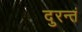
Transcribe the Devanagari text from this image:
दुरन्तं